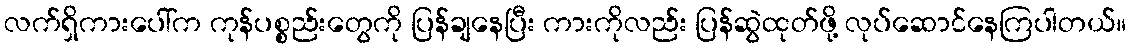
လက်ရှိကားပေါ်က ကုန်ပစ္စည်းတွေကို ပြန်ချနေပြီး ကားကိုလည်း ပြန်ဆွဲထုတ်ဖို့ လုပ်ဆောင်နေကြပါတယ်။